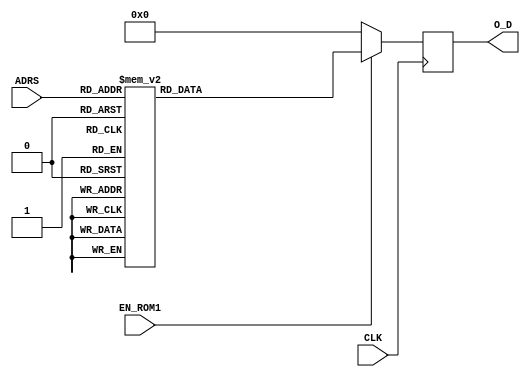
`timescale 1ns / 1ps
//////////////////////////////////////////////////////////////////////////////////
// Company: 
// Engineer: 
// 
// Design Name: 
// Module Name: LUT_Z
// Project Name: 
// Target Devices: 
// Tool Versions: 
// Description: 
// 
// Dependencies: 
// 
// Revision:
// Revision 0.01 - File Created
// Additional Comments:
// 
//////////////////////////////////////////////////////////////////////////////////

module LUT_Z#(parameter P = 32, parameter D = 5) ( 

input wire CLK, 
input wire EN_ROM1,
input wire [D-1:0] ADRS,
output reg [P-1:0] O_D
);
   
always @(posedge CLK)
      if (EN_ROM1)
         case (ADRS)
            5'b00000: O_D <= 32'b11000000010001111001000001010111;//3.118184795
            5'b00001: O_D <= 32'b11000000001100010101001000001000;//2.770631773
            5'b00010: O_D <= 32'b11000000000110110000001110010101;//2.422093543        
            5'b00011: O_D <= 32'b11000000000001001001010010001111;//2.071567363
            5'b00100: O_D <= 32'b10111111110110111100011001110010;//1.716993602
            5'b00101: O_D <= 32'b10111111101011010101000010110010;//1.354025101
            5'b00110: O_D <= 32'b10111111011110010001001110010101;//0.9729550745
            5'b00111: O_D <= 32'b10111111000011001001111101010100;//0.5493061443
            5'b01000: O_D <= 32'b10111110100000101100010101111000;//0.2554128119
            5'b01001: O_D <= 32'b10111110000000001010110001001001;//0.1256572141
            5'b01010: O_D <= 32'b10111101100000000010101011000100;//0.06258157148
            5'b01011: O_D <= 32'b10111101100000000010101011000100;//0.06258157148
            5'b01100: O_D <= 32'b10111101000000000000101010101100;//0.03126017849
            5'b01101: O_D <= 32'b10111100100000000000001010101010;//0.01562627175         
            5'b01110: O_D <= 32'b10111100000000000000000010101100;//0.00781265895
            5'b01111: O_D <= 32'b10111100000000000000000010101100;//0.00781265895
            5'b10000: O_D <= 32'b10111011100000000000000000101011;//0.00390626986
            5'b10001: O_D <= 32'b10111011000000000000000000001011;//0.00195312748    
            5'b10010: O_D <= 32'b10111010100000000000000000000011;//0.00097656281
            5'b10011: O_D <= 32'b10111010000000000000000000000011;//0.00048828128
            5'b10100: O_D <= 32'b10111010000000000000000000000011;//0.00048828128
            5'b10101: O_D <= 32'b10111001100000000000000000000000;//0.00024414062
            5'b10110: O_D <= 32'b10111001000000000000000000000000;//0.00012207031
            5'b10111: O_D <= 32'b10111000011111111111111111111110;//0.00006103515
            5'b11000: O_D <= 32'b10111000011111111111111111111110;//0.00006103515
            5'b11001: O_D <= 32'b10110111111111111111111111111100;//0.00003051757
            5'b11010: O_D <= 32'b10110111011111111111111111110110;//0.00001525878
            5'b11011: O_D <= 32'b10110111011111111111111111110110;//0.00001525878
            5'b11100: O_D <= 32'b10110110111111111111111111110110;//0.00000762939
            5'b11101: O_D <= 32'b10110110011111111111111111100000;//0.00000381469
            5'b11110: O_D <= 32'b10110110011111111111111111100000;//0.00000381469  
            5'b11111: O_D <= 32'b10110101111111111111111110110100;//0.00000190734
            default:  O_D <= 32'b00000000000000000000000000000000;
         endcase	 
         
        else
            O_D <= 32'b00000000000000000000000000000000;
         
endmodule

//module LUT_Z#(parameter P = 32, parameter D = 5) (  //2 iteraciones negativas

//input wire CLK, 
//input wire EN_ROM1,
//input wire [D-1:0] ADRS,
//output reg [P-1:0] O_D
//);
   
//always @(posedge CLK)
//      if (EN_ROM1)
//         case (ADRS)
//            5'b00000: O_D <= 32'b10111111101011010101000010110010;
//            5'b00001: O_D <= 32'b10111111011110010001001110010101;
//            5'b00010: O_D <= 32'b10111111000011001001111101010100;
//            5'b00011: O_D <= 32'b10111110100000101100010101111000;
//            5'b00100: O_D <= 32'b10111110000000001010110001001001;
//            5'b00101: O_D <= 32'b10111101100000000010101011000100;
//            5'b00110: O_D <= 32'b10111101100000000010101011000100;
//            5'b00111: O_D <= 32'b10111101000000000000101010101100;
//            5'b01000: O_D <= 32'b10111100100000000000001010101010;         
//            5'b01001: O_D <= 32'b10111100000000000000000010101100;
//            5'b01010: O_D <= 32'b10111011100000000000000000101011;
//            5'b01011: O_D <= 32'b10111010110111100011010100111011;
//            5'b01100: O_D <= 32'b10111010011111111111111111110111;    
//            5'b01101: O_D <= 32'b10111010000000000000000000000011;
//            5'b01110: O_D <= 32'b10111001011111111111111111010101;
//            5'b01111: O_D <= 32'b10111000111111111111111111010101;
//            5'b10000: O_D <= 32'b10111000111111111111111111010101;
//            5'b10001: O_D <= 32'b10111000100000000000000000000000;
//            5'b10010: O_D <= 32'b10111000100000000000001010011010;
//            5'b10011: O_D <= 32'b10111000100000000000001010011010;
//            5'b10100: O_D <= 32'b10111000000000000000001010011010;
//            5'b10101: O_D <= 32'b10110111100000000000001010011010;
//            5'b10110: O_D <= 32'b10110111100000000000001010011010;
//            5'b10111: O_D <= 32'b10110111000000000000001010011010;
//            5'b11000: O_D <= 32'b10110110011111111010111101001101;
//            5'b11001: O_D <= 32'b10110110011111111010111101001101;  
//            5'b11010: O_D <= 32'b10110100000000000000000000000000;
//            5'b11011: O_D <= 32'b10110011100000000000000000000000;
//            5'b11100: O_D <= 32'b10110011000000000000000000000000;
//            5'b11101: O_D <= 32'b10110010100000000000000000000000;
//            5'b11110: O_D <= 32'b10110010000000000000000000000000;
//            5'b11111: O_D <= 32'b10110001100000000000000000000000;
//            default:  O_D <= 32'b00000000000000000000000000000000;
//         endcase	 
         
//        else
//            O_D <= 32'b00000000000000000000000000000000;
         
//endmodule